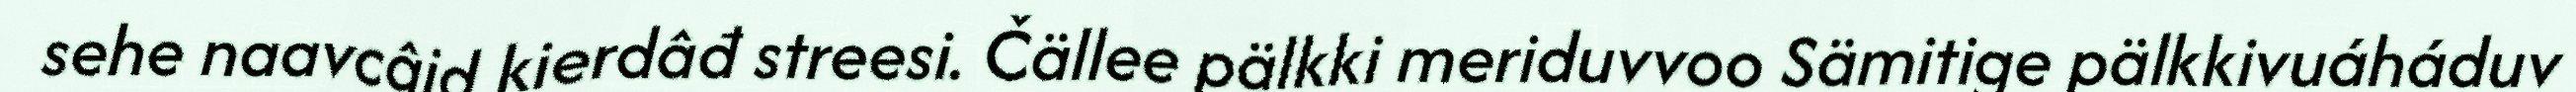
sehe naavcâid kierdâđ streesi. Čällee pälkki meriduvvoo Sämitige pälkkivuáháduv